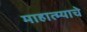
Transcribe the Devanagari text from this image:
माहात्म्याचे